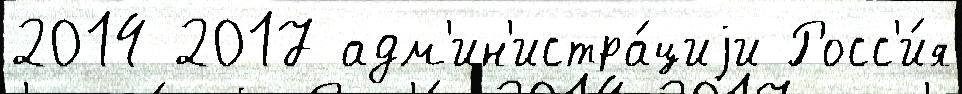
2014 2017 адм'ин'истра́циjи Росс'и́я